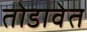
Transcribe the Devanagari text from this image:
तोडावेत